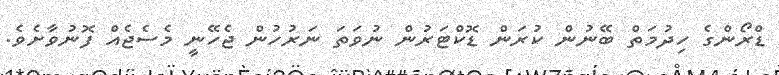
ޑްރޯންގެ ހިދުމަތް ބޭނުން ކުރަން ޑޮކްޓަރުން ނުވަތަ ނަރުހުން ޖެހޭނީ މެސެޖެއް ފޮނުވާށެވެ.